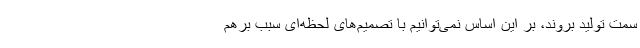
سمت تولید بروند، بر این اساس نمی‌توانیم با تصمیم‌های لحظه‌ای سبب برهم